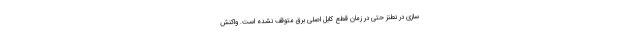
سازی در نطنز حتی در زمان قطع کابل اصلی برق متوقف نشده است. واکنش